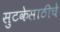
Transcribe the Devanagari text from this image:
सुटकेसाठीचे